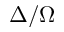
\Delta / \Omega